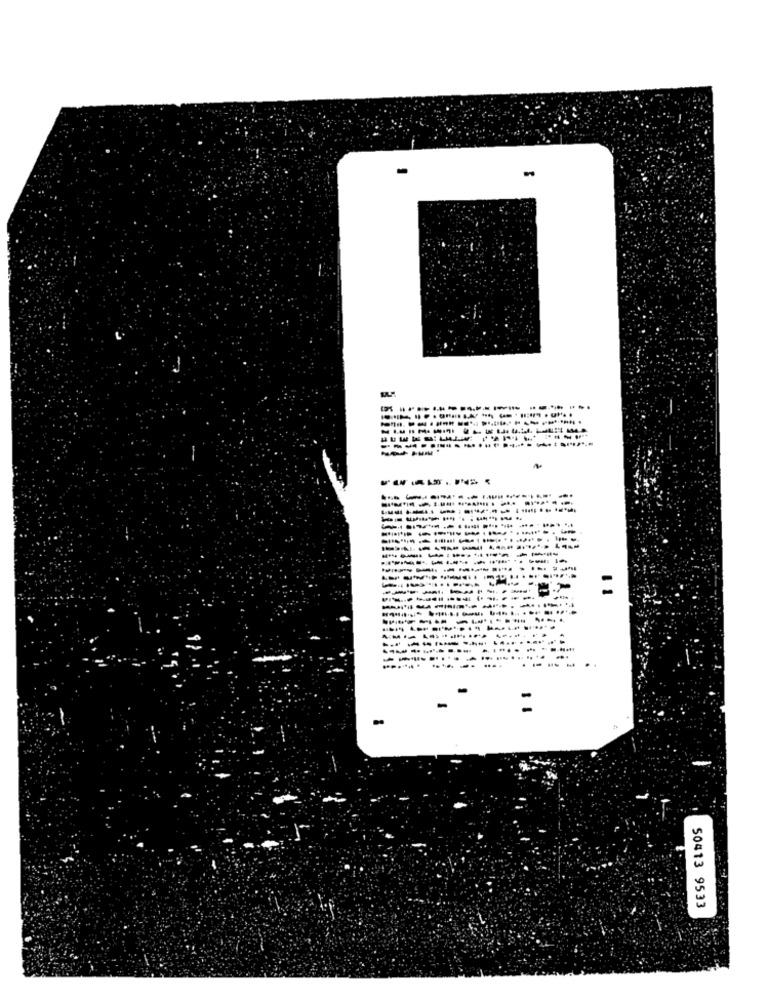
.........
--------
....
-------
.......---
50413 9533